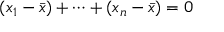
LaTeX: ( x _ { 1 } - { \bar { x } } ) + \dotsb + ( x _ { n } - { \bar { x } } ) = 0